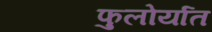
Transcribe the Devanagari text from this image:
फुलोर्यात